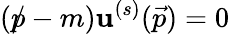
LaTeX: ({p\! \! \! /}-m)\mathbf{u}^{(s)}({\vec{{p}}})=0